Scottish Leaving Certificate Examination, 1959
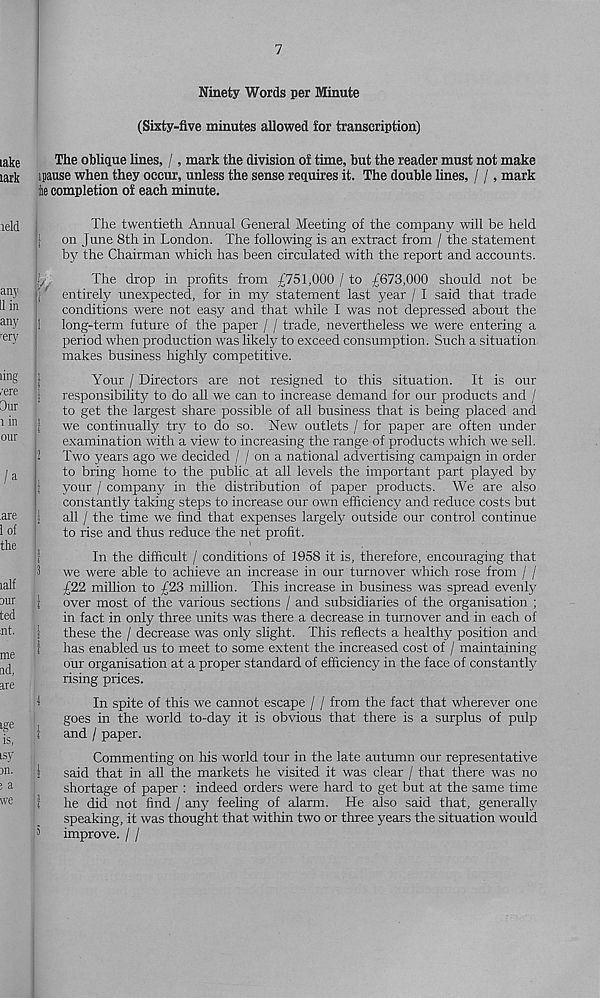
7
Ninety Words per Minute
(Sixty-five minutes allowed for transcription)
The oblique lines, /, mark the division of time, but the reader must not make
i pause when they occur, unless the sense requires it. The double lines, / /, mark
;iie completion of each minute.
The twentieth Annual General Meeting of the company will be held
\ on June 8th in London. The following is an extract from / the statement
by the Chairman which has been circulated with the report and accounts.
;'/
The drop in profits from £751,000 / to £673,000 should not be
I; entirely unexpected, for in my statement last year / I said that trade
conditions were not easy and that while I was not depressed about the
1 long-term future of the paper / / trade, nevertheless we were entering a
period when production was likely to exceed consumption. Such a situation
makes business highly competitive.
Your / Directors are not resigned to this situation. It is our
! responsibility to do all we can to increase demand for our products and /
to get the largest share possible of all business that is being placed and
| we continually tty to do so. New outlets / for paper are often under
examination with a view to increasing the range of products which we sell.
i Two years ago we decided / / on a national advertising campaign in order
to bring home to the public at all levels the important part played by
: your / company in the distribution of paper products. We are also
constantly taking steps to increase our own efficiency and reduce costs but
| all / the time we find that expenses largely outside our control continue
to rise and thus reduce the net profit.
In the difficult / conditions of 1958 it is, therefore, encouraging that
S we were able to achieve an increase in our turnover which rose from / /
£22 million to £23 million. This increase in business was spread evenly
} over most of the various sections / and subsidiaries of the organisation ;
in fact in only three units was there a decrease in turnover and in each of
1 these the / decrease was only slight. This reflects a healthy position and
1 has enabled us to meet to some extent the increased cost of / maintaining
our organisation at a proper standard of efficiency in the face of constantly
rising prices.
i
In spite of this we cannot escape / / from the fact that wherever one
goes in the world to-day it is obvious that there is a surplus of pulp
t
and / paper.
Commenting on his world tour in the late autumn our representative
I
said that in all the markets he visited it was clear / that there was no
shortage of paper : indeed orders were hard to get but at the same time
i
he did not find / any feeling of alarm. He also said that, generally
speaking, it was thought that within two or three years the situation would
’
improve. / /